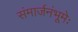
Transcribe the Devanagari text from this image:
संमार्जनंभूमेः